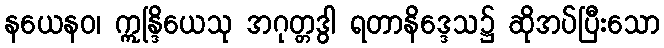
နယေနဝ၊ ဣန္ဒြိယေသု အဂုတ္တဒွါ ရတာနိဒ္ဒေသ၌ ဆိုအပ်ပြီးသော